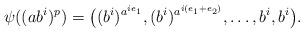
LaTeX: \begin{align*}\psi((ab^i)^p)=\big( (b^i)^{a^{ie_1}}, (b^i)^{a^{i(e_1+e_2)}}, \dots, b^i, b^i \big).\end{align*}